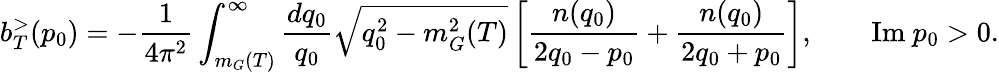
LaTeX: b_{T}^{>}(p_{0})=-\frac{1}{4\pi^{2}}\int_{m_{G}(T)}^{\infty}\frac{dq_{0}}{q_{0}}\sqrt{q_{0}^{2}-m_{G}^{2}(T)}\left[\frac{n(q_{0})}{2q_{0}-p_{0}}+\frac{n(q_{0})}{2q_{0}+p_{0}}\right],\qquad\textrm{Im}~p_{0}>0.